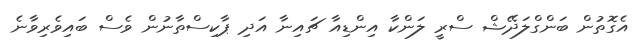
އެގޮތުން ބަންގްލަދޭޝް ސްރީ ލަންކާ އިންޑިއާ ޗައިނާ އަދި ޕާކިސްތާނުން ވެސް ބައިވެރިވާނެ